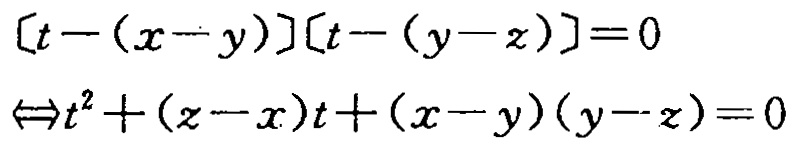
\[
\begin{align*}
[t-(x - y)][t-(y - z)]&=0\\
\Leftrightarrow t^{2}+(z - x)t+(x - y)(y - z)&=0
\end{align*}
\]